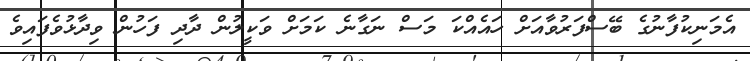
އެމަނިކުފާނުގެ ބޭސްފަރުވާއަށް ހައެއްކަ މަސް ނަގާނެ ކަމަށް ވަކީލުން ދާދި ފަހުން ވިދާޅުވެފައިވެ